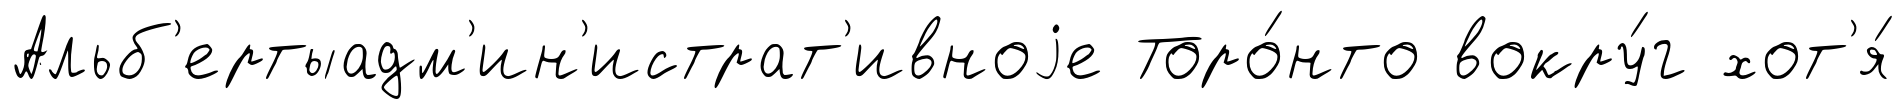
Альб'ертыадм'ин'истрат'ивноjе Торо́нто вокру́г хот'я́